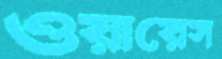
ওয়ায়েস